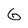
Character: G